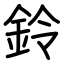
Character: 鈴